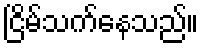
ငြိမ်သက်နေသည်။